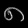
Digit: ၈